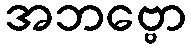
အဘဗ္ဗော